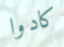
كادوا